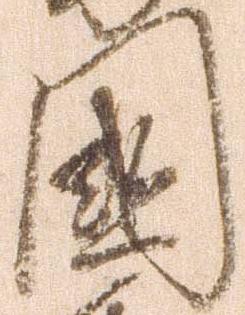
国